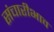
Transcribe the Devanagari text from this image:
संचारीभाव